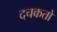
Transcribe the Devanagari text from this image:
दचकतो